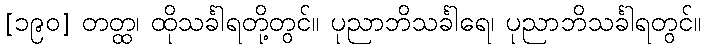
[၁၉၀] တတ္ထ၊ ထိုသင်္ခါရတို့တွင်။ ပုညာဘိသင်္ခါရေ၊ ပုညာဘိသင်္ခါရတွင်။